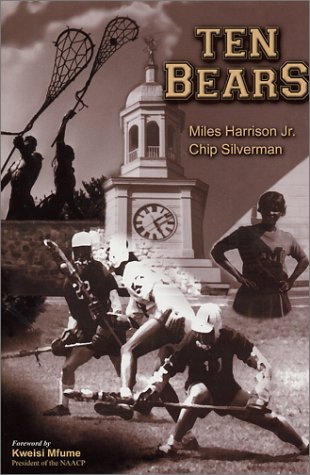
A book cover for Ten Bears; Miles Harrison Jr.; Sports & Outdoors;